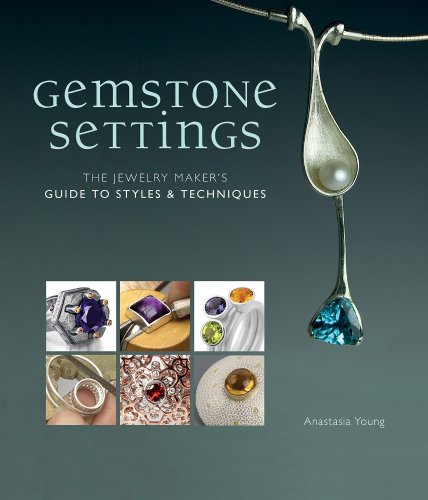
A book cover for Gemstone Settings: The Jewelry Maker's Guide to Styles & Techniques; Anastasia Young; Crafts, Hobbies & Home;